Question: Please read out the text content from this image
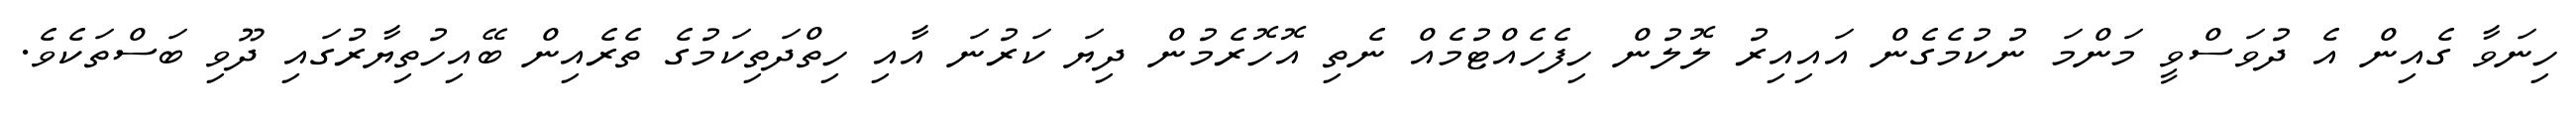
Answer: ހިނަވާ ގެއިން އެ ދުވަސްވީ މަންމަ ނުކުމެގެން އައިއިރު ލޮލުން ހިފެހެއްޓުމެއް ނެތި އޮހޮރެމުން ދިޔަ ކަރުނަ އާއި ހިތްދަތިކަމުގެ ތެރެއިން ބޭއިހުތިޔާރުގައި ދޫވި ބަސްތަކެވެ.